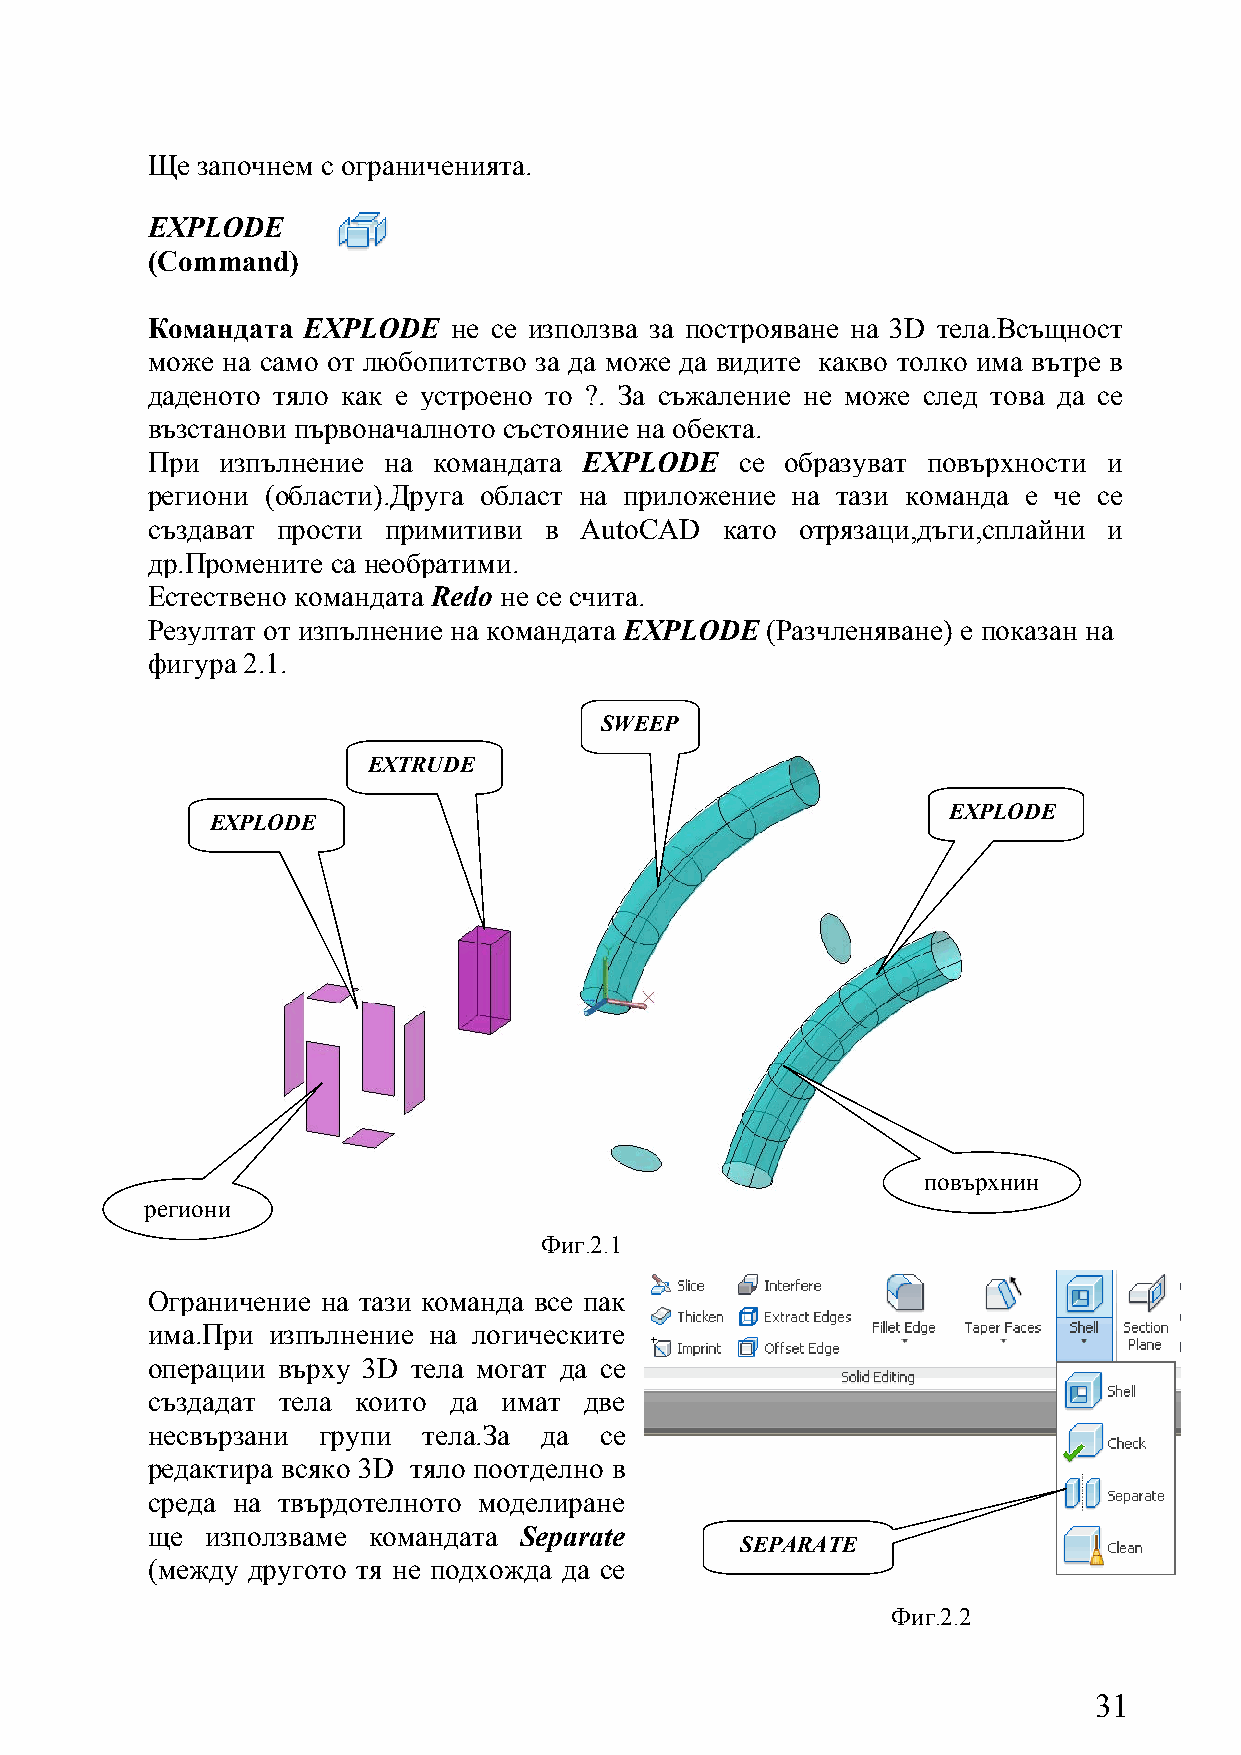
Ще започнем с ограниченията.
 EXPLODE
 (Command)
 Командата EXPLODE   не се използва за построяване на 3D тела.Всъщност
 може на само от любопитство за да може да видите какво толко има вътре в
 даденото тяло как е устроено то ?. За съжаление не може след това да се
 възстанови първоначалното състояние на обекта.
 При изпълнение на  командата EXPLODE   се образуват повърхности и
 региони (области).Друга област на приложение на тази команда е че се
 създават прости примитиви в AutoCAD   като отрязаци,дъги,сплайни и
 др.Промените са необратими.
 Естествено командата Redo не се счита.
 Резултат от изпълнение на командата EXPLODE (Разчленяване) е показан на
 фигура 2.1.
 SWEEP
 EXTRUDE
 EXPLODE
 EXPLODE
 повърхнин
 реги они
 Фиг.2.1
 Ограничение на тази команда все пак
 има.При изпълнение на логическите
 операции върху 3D тела могат да се
 създадат тела които да имат  две
 несвързани групи  тела.За да  се
 редактира всяко 3D тяло поотделно в
 среда на твърдотелното моделиране
 ще  използваме командата Separate
 SEPARATE
 (между другото тя не подхожда да се
 Фиг.2.2
 31